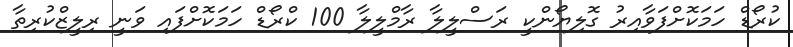
ކުރޯޑް ހަމަކޮށްފަވާއިރު ގޮލިޔޯންކީ ރަސްލީލާ ރާމްލީލާ 100 ކްރޯޑް ހަމަކޮށްފައި ވަނީ ރިލީޒްކުރިތާ